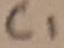
Text: C1